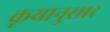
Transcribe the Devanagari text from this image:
कृयानुसार